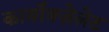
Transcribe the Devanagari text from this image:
कार्बॉक्ज़ेलेट